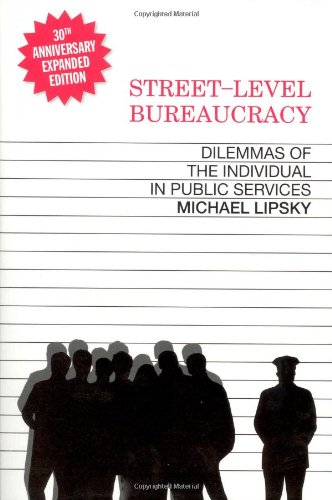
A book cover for Street-Level Bureaucracy: Dilemmas of the Individual in Public Service, 30th Anniversary Expanded Edition; Michael Lipsky; Business & Money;